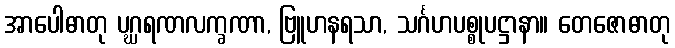
အာပေါဓာတု ပဂ္ဃရဏလက္ခဏာ, ဗြူဟနရသာ, သင်္ဂဟပစ္စုပဋ္ဌာနာ။ တေဇောဓာတု